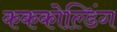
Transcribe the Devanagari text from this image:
कककोल्डिंग